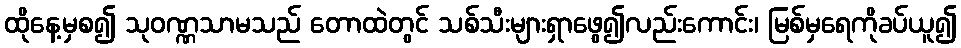
ထိုနေ့မှစ၍ သုဝဏ္ဏသာမသည် တောထဲတွင် သစ်သီးများရှာဖွေ၍လည်းကောင်း၊ မြစ်မှရေကိုခပ်ယူ၍